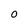
Character: 0